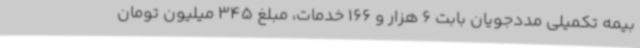
بیمه تکمیلی مددجویان بابت 6 هزار و 166 خدمات، مبلغ 345 میلیون تومان